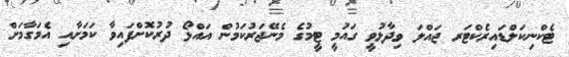
ޓެކްނިކަލްޑައިރެކްޓަރ ޖައްލަ ވިދާޅުވީ ގައުމީ ޓީމުގެ މެނޭޖަރުކަމުން އައްޅޯ ދުރުކޮށްފައިވާ ކަމަށާއި އެމަގާމަށް